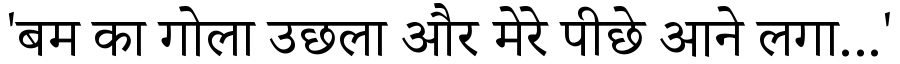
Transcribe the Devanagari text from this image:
'बम का गोला उछला और मेरे पीछे आने लगा...'